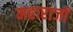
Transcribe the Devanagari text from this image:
महाराजों